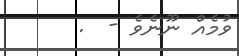
ވުމެއް ނޫނެވެ -  .